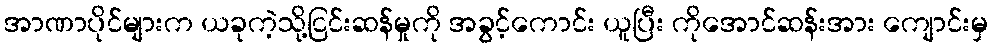
အာဏာပိုင်များက ယခုကဲ့သို့ငြင်းဆန်မှုကို အခွင့်ကောင်း ယူပြီး ကိုအောင်ဆန်းအား ကျောင်းမှ